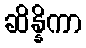
ဆိန္နိကာ